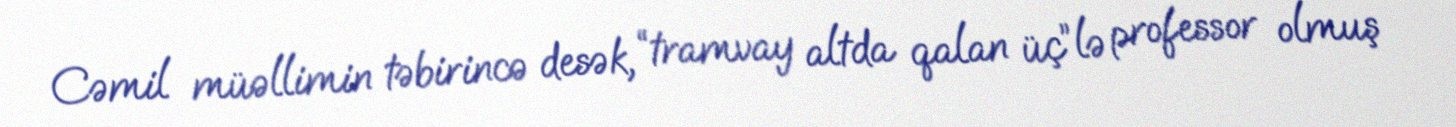
Cəmil müəllimin təbirincə desək, “tramvay altda qalan üç”lə professor olmuş